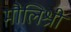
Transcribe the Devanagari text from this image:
मौलिश्री